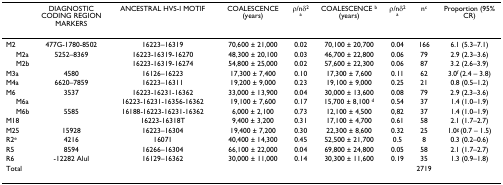
<table><thead><tr><td></td><td><b>DIAGNOSTIC CODING REGION MARKERS</b></td><td><b>ANCESTRAL HVS-I MOTIF</b></td><td><b>COALESCENCE (years)</b></td><td><b>ρ/nδ<sup>2 </sup><sup>a</sup></b></td><td><b>COALESCENCE <sup>b </sup>(years)</b></td><td><b>ρ/nδ<sup>2 </sup><sup>a</sup></b></td><td><b>n<sup>c</sup></b></td><td><b>Proportion (95% CR)</b></td></tr></thead><tbody><tr><td>M2</td><td>477G-1780-8502</td><td>16223–16319</td><td>70,600 ± 21,000</td><td>0.02</td><td>70,100 ± 20,700</td><td>0.04</td><td>166</td><td>6.1 (5.3–7.1)</td></tr><tr><td> M2a</td><td>5252–8369</td><td>16223-16319-16270</td><td>48,300 ± 20,100</td><td>0.03</td><td>46,700 ± 22,800</td><td>0.06</td><td>79</td><td>2.9 (2.3–3.6)</td></tr><tr><td> M2b</td><td></td><td>16223-16319-16274</td><td>54,800 ± 25,000</td><td>0.02</td><td>57,600 ± 22,300</td><td>0.06</td><td>87</td><td>3.2 (2.6–3.9)</td></tr><tr><td>M3a</td><td>4580</td><td>16126–16223</td><td>17,300 ± 7,400</td><td>0.10</td><td>17,300 ± 7,600</td><td>0.11</td><td>62</td><td>3.0<sup>f </sup>(2.4 – 3.8)</td></tr><tr><td>M4a</td><td>6620–7859</td><td>16223–16311</td><td>19,200 ± 9,000</td><td>0.23</td><td>19,100 ± 9,000</td><td>0.25</td><td>21</td><td>0.8 (0.5–1.2)</td></tr><tr><td>M6</td><td>3537</td><td>16223-16231-16362</td><td>33,000 ± 13,900</td><td>0.04</td><td>30,000 ± 13,600</td><td>0.08</td><td>79</td><td>2.9 (2.3–3.6)</td></tr><tr><td> M6a</td><td></td><td>16223-16231-16356-16362</td><td>19,100 ± 7,600</td><td>0.17</td><td>15,700 ± 8,100 <sup>d</sup></td><td>0.54</td><td>37</td><td>1.4 (1.0–1.9)</td></tr><tr><td> M6b</td><td>5585</td><td>16188-16223-16231-16362</td><td>6,000 ± 2,100</td><td>0.73</td><td>12,100 ± 4,500</td><td>0,82</td><td>37</td><td>1.4 (1.0–1.9)</td></tr><tr><td>M18</td><td></td><td>16223-16318T</td><td>9,400 ± 3,200</td><td>0.31</td><td>17,100 ± 4,700</td><td>0.61</td><td>58</td><td>2.1 (1.7–2.7)</td></tr><tr><td>M25</td><td>15928</td><td>16223–16304</td><td>19,400 ± 7,200</td><td>0.30</td><td>22,300 ± 8,600</td><td>0.32</td><td>25</td><td>1.0<sup>g </sup>(0.7 – 1.5)</td></tr><tr><td>R2<sup>e</sup></td><td>4216</td><td>16071</td><td>40,400 ± 14,300</td><td>0.45</td><td>52,500 ± 21,700</td><td>0.5</td><td>8</td><td>0.3 (0.2–0.6)</td></tr><tr><td>R5</td><td>8594</td><td>16266–16304</td><td>66,100 ± 22,000</td><td>0.04</td><td>69,800 ± 24,800</td><td>0.05</td><td>58</td><td>2.1 (1.7–2.7)</td></tr><tr><td>R6</td><td>-12282 AluI</td><td>16129–16362</td><td>30,000 ± 11,000</td><td>0.14</td><td>30,300 ± 11,600</td><td>0.19</td><td>35</td><td>1.3 (0.9–1.8)</td></tr><tr><td>Total</td><td></td><td></td><td></td><td></td><td></td><td></td><td>2719</td><td></td></tr></tbody></table>